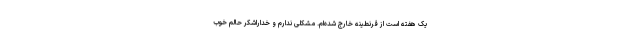
یک هفته است از قرنطینه خارج شده‌ام. مشکلی ندارم و خداراشکر حالم خوب